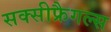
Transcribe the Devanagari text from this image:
सक्सीफ्रैगल्स